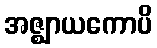
အဇ္ဈာယကောပိ